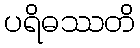
ပရိဓဿတိ